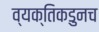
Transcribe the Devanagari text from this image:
व्यक्तिकडुनच